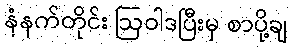
နံနက်တိုင်း ဩဝါဒပြီးမှ စာပို့ချ